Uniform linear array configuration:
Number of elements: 16
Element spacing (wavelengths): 0.25
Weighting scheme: uniform
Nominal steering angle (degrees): -30
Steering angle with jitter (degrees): -31.882
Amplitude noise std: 0.05
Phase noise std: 0.05

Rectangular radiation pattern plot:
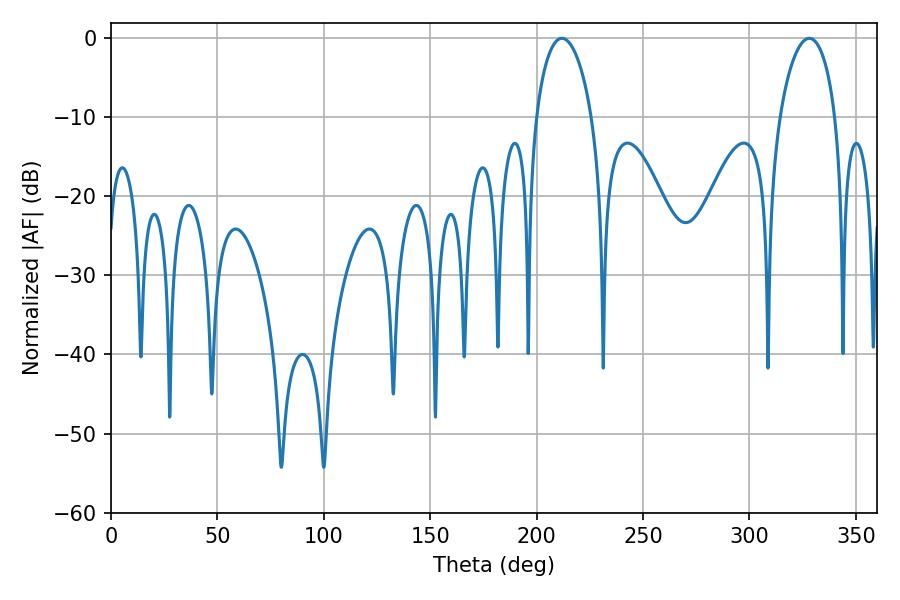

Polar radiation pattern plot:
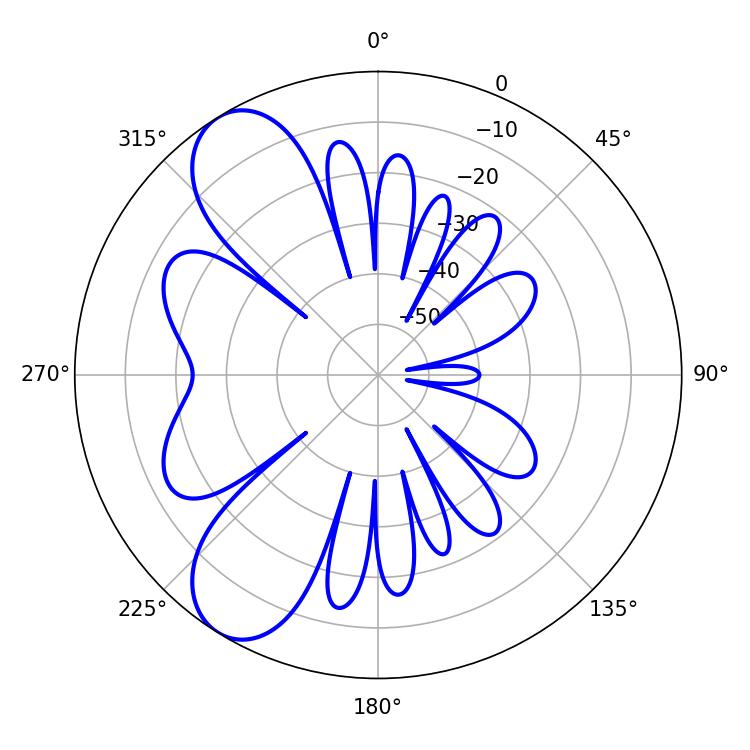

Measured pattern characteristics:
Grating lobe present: FALSE
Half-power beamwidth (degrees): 14.94
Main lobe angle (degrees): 211.86